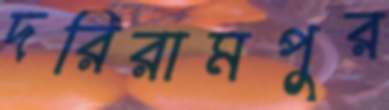
দরিরামপুর